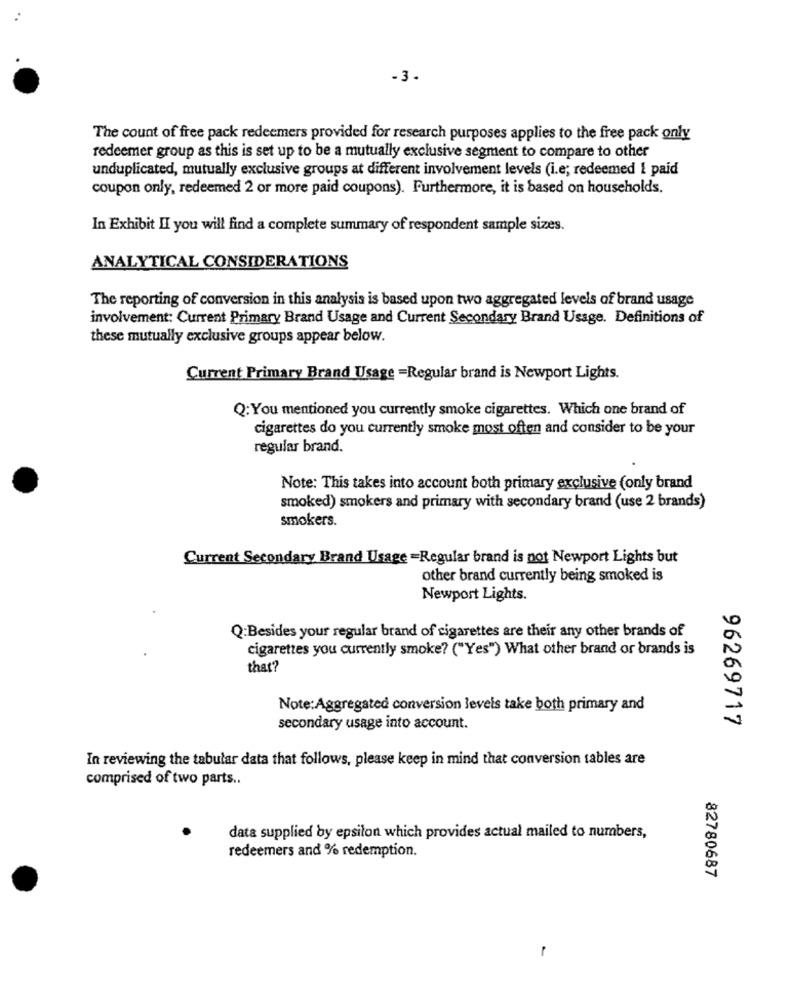
-3.
The count of free pack redeemers provided for research purposes applies to the free pack only
redeemer group as this is set up to be a mutually exclusive segment to compare to other
unduplicated, mutually exclusive groups at different involvement levels (i.e; redeemed i paid
coupon only, redeemed 2 or more paid coupons). Furthermore, it is based on households.
In Exhibit II you will find a complete summary of respondent sample sizes.
ANALYTICAL CONSIDERATIONS
The reporting of conversion in this analysis is based upon two aggregated levels of brand usage
involvement: Current Primary Brand Usage and Current Secondary Brand Usage. Definitions of
these mutually exclusive groups appear below.
Current Primary Brand Usage =Regular brand is Newport Lights.
Q:You mentioned you currently smoke cigarettes. Which one brand of
cigarettes do you currently smoke most often and consider to be your
regular brand.
Note: This takes into account both primary exclusive (only brand
smoked) smokers and primary with secondary brand (use 2 brands)
smokers.
Current Secondary Brand Usage =Regular brand is not Newport Lights but
other brand currently being smoked is
Newport Lights.
Q:Besides your regular brand of cigarettes are their any other brands of
cigarettes you currently smoke? ("Yes") What other brand or brands is
that?
Note: Aggregated conversion levels take both primary and
96269717
secondary usage into account.
In reviewing the tabular data that follows, please keep in mind that conversion tables are
comprised of two parts ..
data supplied by epsilon which provides actual mailed to numbers,
redeemers and % redemption.
82780687